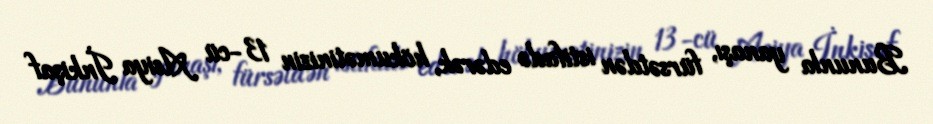
Bununla yanaşı, fürsətdən istifadə edərək, hökumətinizin 13-cü Asiya İnkişaf